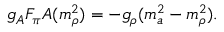
g _ { A } F _ { \pi } A ( m _ { \rho } ^ { 2 } ) = - g _ { \rho } ( m _ { a } ^ { 2 } - m _ { \rho } ^ { 2 } ) .